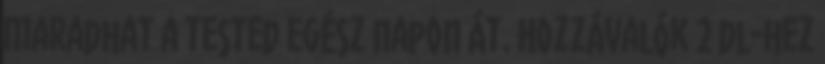
maradhat a tested egész napon át. Hozzávalók 2 dl-hez